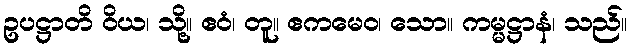
ဥပဋ္ဌာတိ ဝိယ၊ သို့။ ဧဝံ၊ တူ။ ဧကမေဝ၊ သော။ ကမ္မဋ္ဌာနံ၊ သည်။